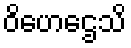
ဝိဟေဌေသိ